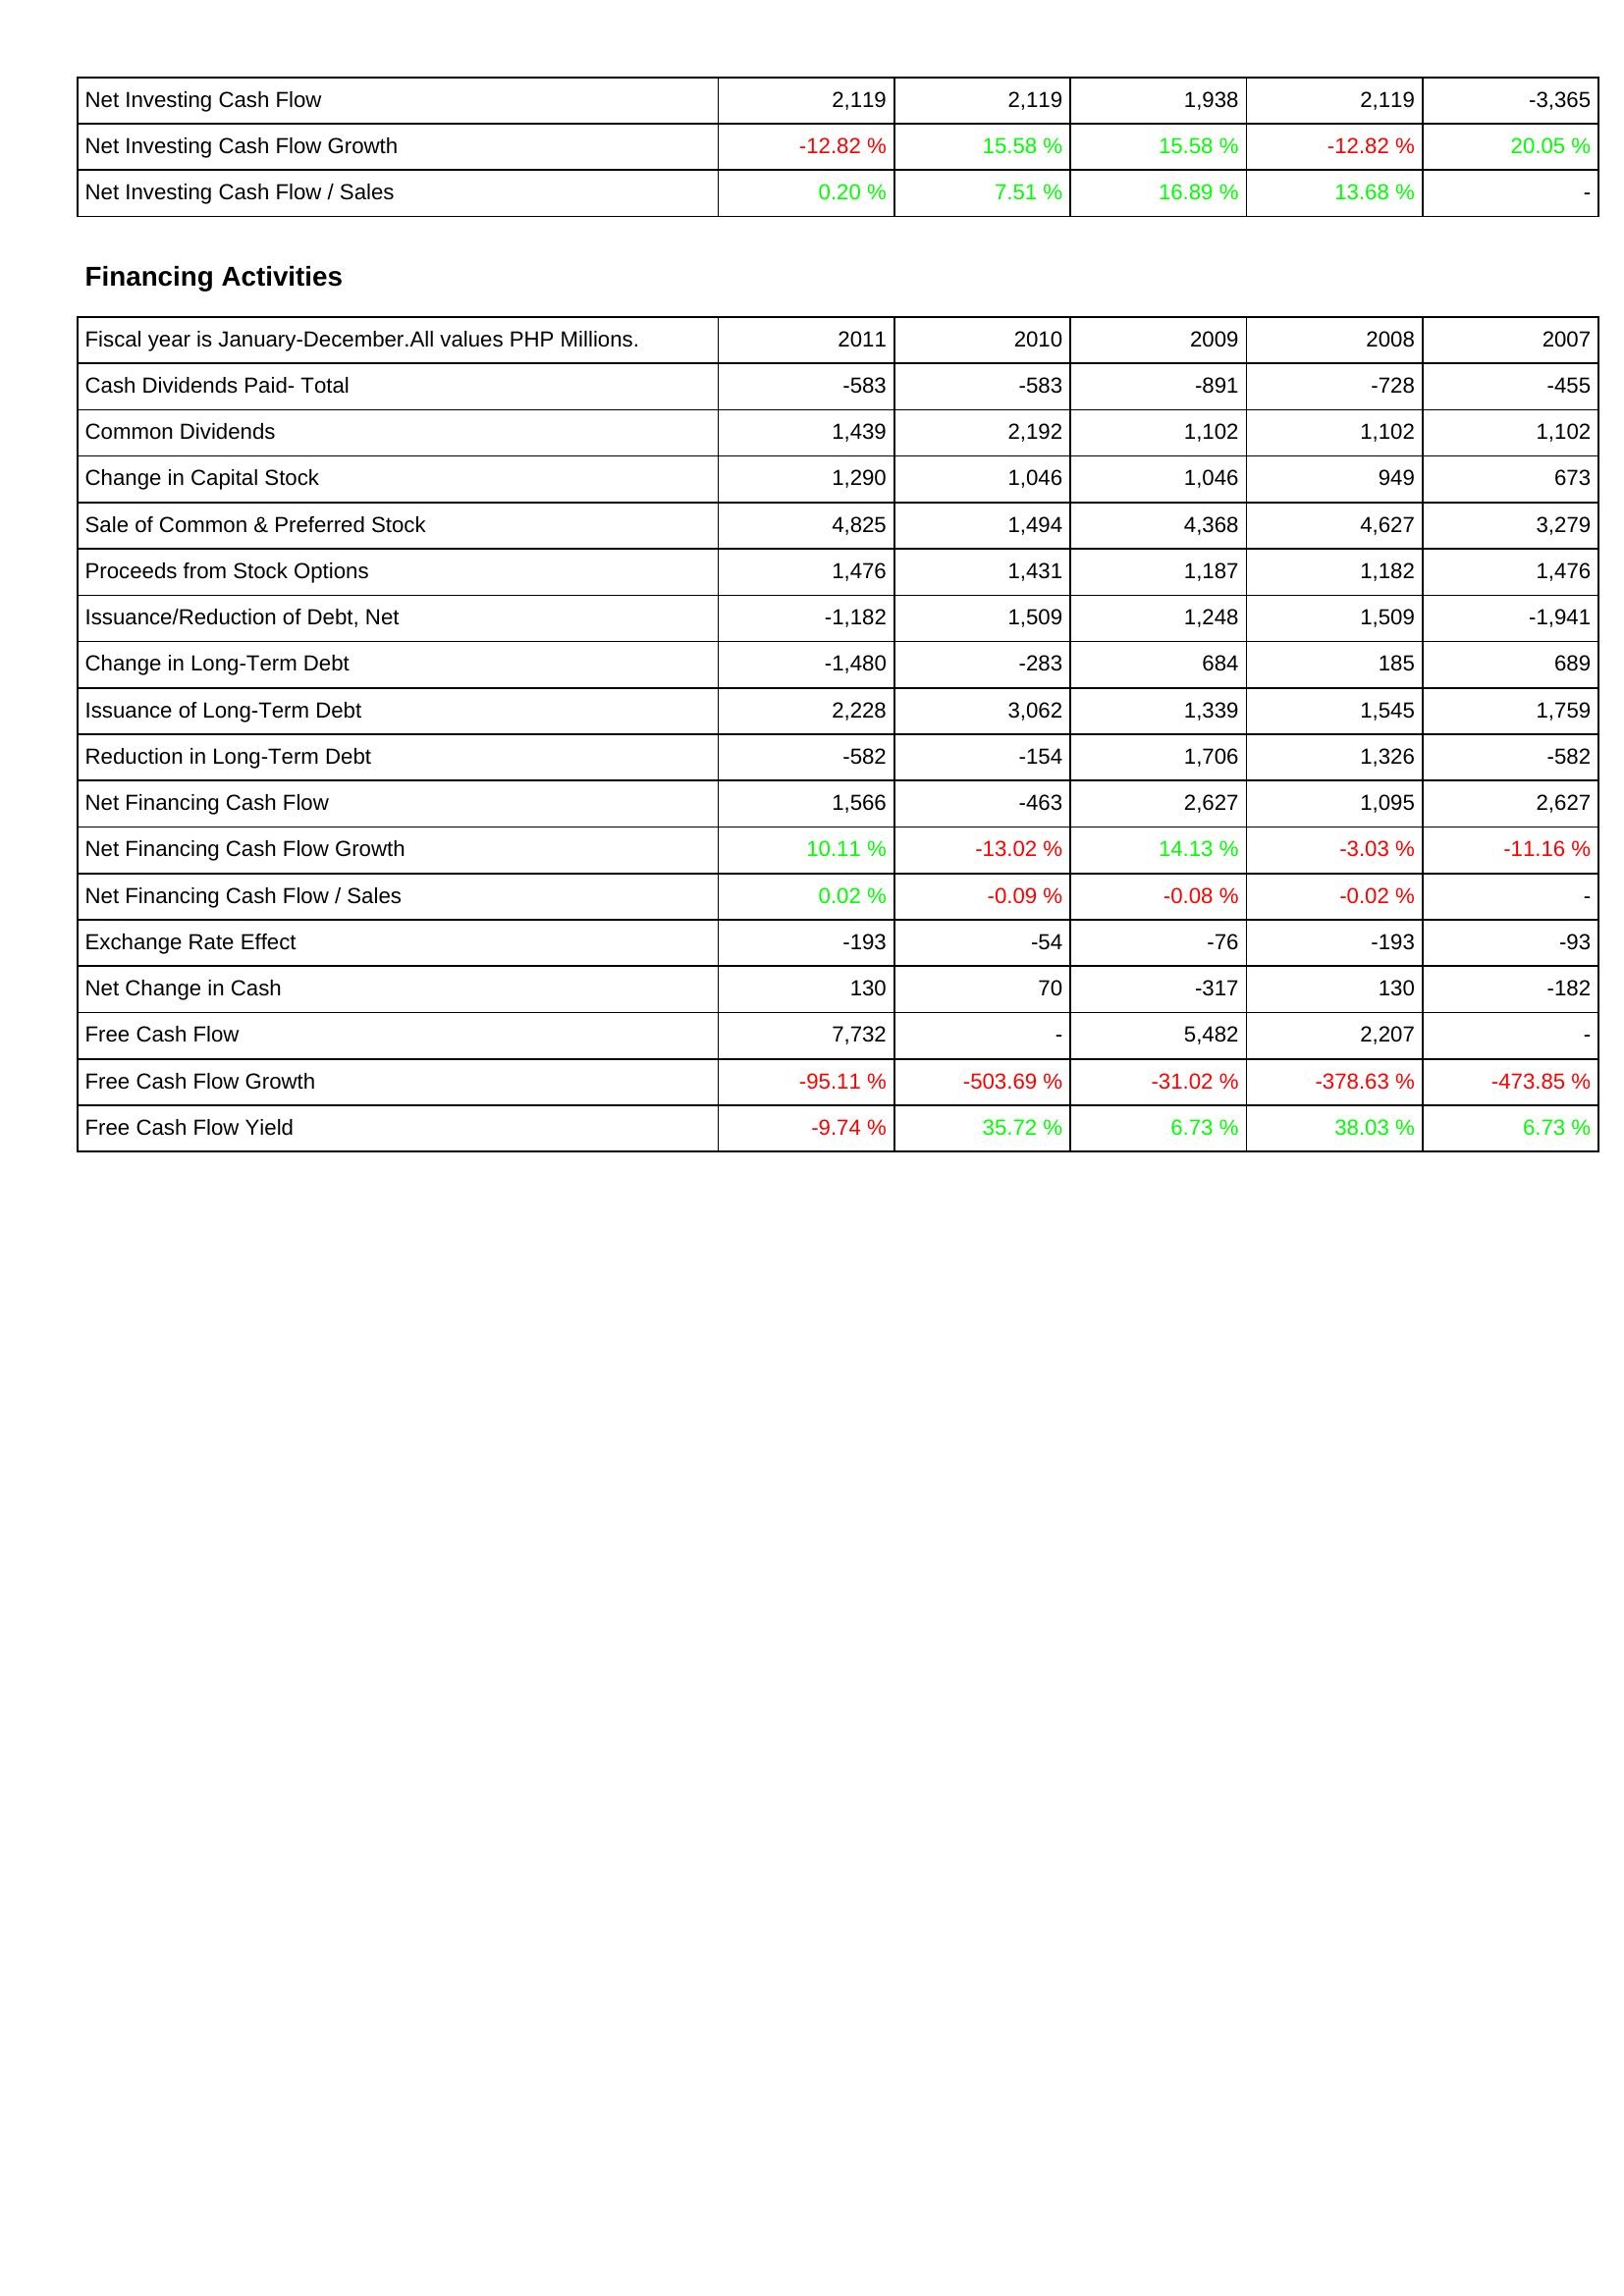
2011: Investing Activities: Net Investing Cash Flow: 2,119
Net Investing Cash Flow Growth: -12.82 %
Net Investing Cash Flow / Sales: 0.20 %
Financing Activities: Cash Dividends Paid- Total: -583
Common Dividends: 1,439
Change in Capital Stock: 1,290
Sale of Common & Preferred Stock: 4,825
Proceeds from Stock Options: 1,476
Issuance/Reduction of Debt, Net: -1,182
Change in Long-Term Debt: -1,480
Issuance of Long-Term Debt: 2,228
Reduction in Long-Term Debt: -582
Net Financing Cash Flow: 1,566
Net Financing Cash Flow Growth: 10.11 %
Net Financing Cash Flow / Sales: 0.02 %
Exchange Rate Effect: -193
Net Change in Cash: 130
Free Cash Flow: 7,732
Free Cash Flow Growth: -95.11 %
Free Cash Flow Yield: -9.74 %
2010: Investing Activities: Net Investing Cash Flow: 2,119
Net Investing Cash Flow Growth: 15.58 %
Net Investing Cash Flow / Sales: 7.51 %
Financing Activities: Cash Dividends Paid- Total: -583
Common Dividends: 2,192
Change in Capital Stock: 1,046
Sale of Common & Preferred Stock: 1,494
Proceeds from Stock Options: 1,431
Issuance/Reduction of Debt, Net: 1,509
Change in Long-Term Debt: -283
Issuance of Long-Term Debt: 3,062
Reduction in Long-Term Debt: -154
Net Financing Cash Flow: -463
Net Financing Cash Flow Growth: -13.02 %
Net Financing Cash Flow / Sales: -0.09 %
Exchange Rate Effect: -54
Net Change in Cash: 70
Free Cash Flow: -
Free Cash Flow Growth: -503.69 %
Free Cash Flow Yield: 35.72 %
2009: Investing Activities: Net Investing Cash Flow: 1,938
Net Investing Cash Flow Growth: 15.58 %
Net Investing Cash Flow / Sales: 16.89 %
Financing Activities: Cash Dividends Paid- Total: -891
Common Dividends: 1,102
Change in Capital Stock: 1,046
Sale of Common & Preferred Stock: 4,368
Proceeds from Stock Options: 1,187
Issuance/Reduction of Debt, Net: 1,248
Change in Long-Term Debt: 684
Issuance of Long-Term Debt: 1,339
Reduction in Long-Term Debt: 1,706
Net Financing Cash Flow: 2,627
Net Financing Cash Flow Growth: 14.13 %
Net Financing Cash Flow / Sales: -0.08 %
Exchange Rate Effect: -76
Net Change in Cash: -317
Free Cash Flow: 5,482
Free Cash Flow Growth: -31.02 %
Free Cash Flow Yield: 6.73 %
2008: Investing Activities: Net Investing Cash Flow: 2,119
Net Investing Cash Flow Growth: -12.82 %
Net Investing Cash Flow / Sales: 13.68 %
Financing Activities: Cash Dividends Paid- Total: -728
Common Dividends: 1,102
Change in Capital Stock: 949
Sale of Common & Preferred Stock: 4,627
Proceeds from Stock Options: 1,182
Issuance/Reduction of Debt, Net: 1,509
Change in Long-Term Debt: 185
Issuance of Long-Term Debt: 1,545
Reduction in Long-Term Debt: 1,326
Net Financing Cash Flow: 1,095
Net Financing Cash Flow Growth: -3.03 %
Net Financing Cash Flow / Sales: -0.02 %
Exchange Rate Effect: -193
Net Change in Cash: 130
Free Cash Flow: 2,207
Free Cash Flow Growth: -378.63 %
Free Cash Flow Yield: 38.03 %
2007: Investing Activities: Net Investing Cash Flow: -3,365
Net Investing Cash Flow Growth: 20.05 %
Net Investing Cash Flow / Sales: -
Financing Activities: Cash Dividends Paid- Total: -455
Common Dividends: 1,102
Change in Capital Stock: 673
Sale of Common & Preferred Stock: 3,279
Proceeds from Stock Options: 1,476
Issuance/Reduction of Debt, Net: -1,941
Change in Long-Term Debt: 689
Issuance of Long-Term Debt: 1,759
Reduction in Long-Term Debt: -582
Net Financing Cash Flow: 2,627
Net Financing Cash Flow Growth: -11.16 %
Net Financing Cash Flow / Sales: -
Exchange Rate Effect: -93
Net Change in Cash: -182
Free Cash Flow: -
Free Cash Flow Growth: -473.85 %
Free Cash Flow Yield: 6.73 %